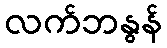
လက်ဘနွန်